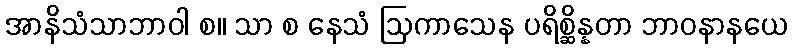
အာနိသံသာဘာဝါ စ။ သာ စ နေသံ ဩကာသေန ပရိစ္ဆိန္နတာ ဘာဝနာနယေ